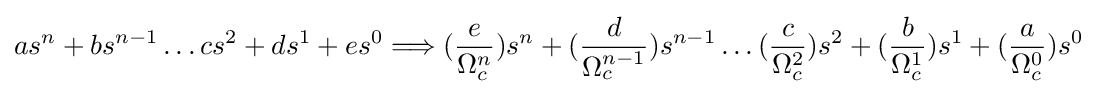
{\begin{aligned}&as^{n}+bs^{n-1}\dots cs^{2}+ds^{1}+es^{0}\Longrightarrow ({\frac {e}{\Omega _{c}^{n}}})s^{n}+({\frac {d}{\Omega _{c}^{n-1}}})s^{n-1}\dots ({\frac {c}{\Omega _{c}^{2}}})s^{2}+({\frac {b}{\Omega _{c}^{1}}})s^{1}+({\frac {a}{\Omega _{c}^{0}}})s^{0}\\\end{aligned}}